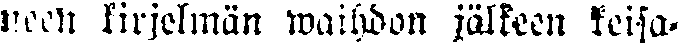
neen kirjelmän waihdon jälkeen keisa-